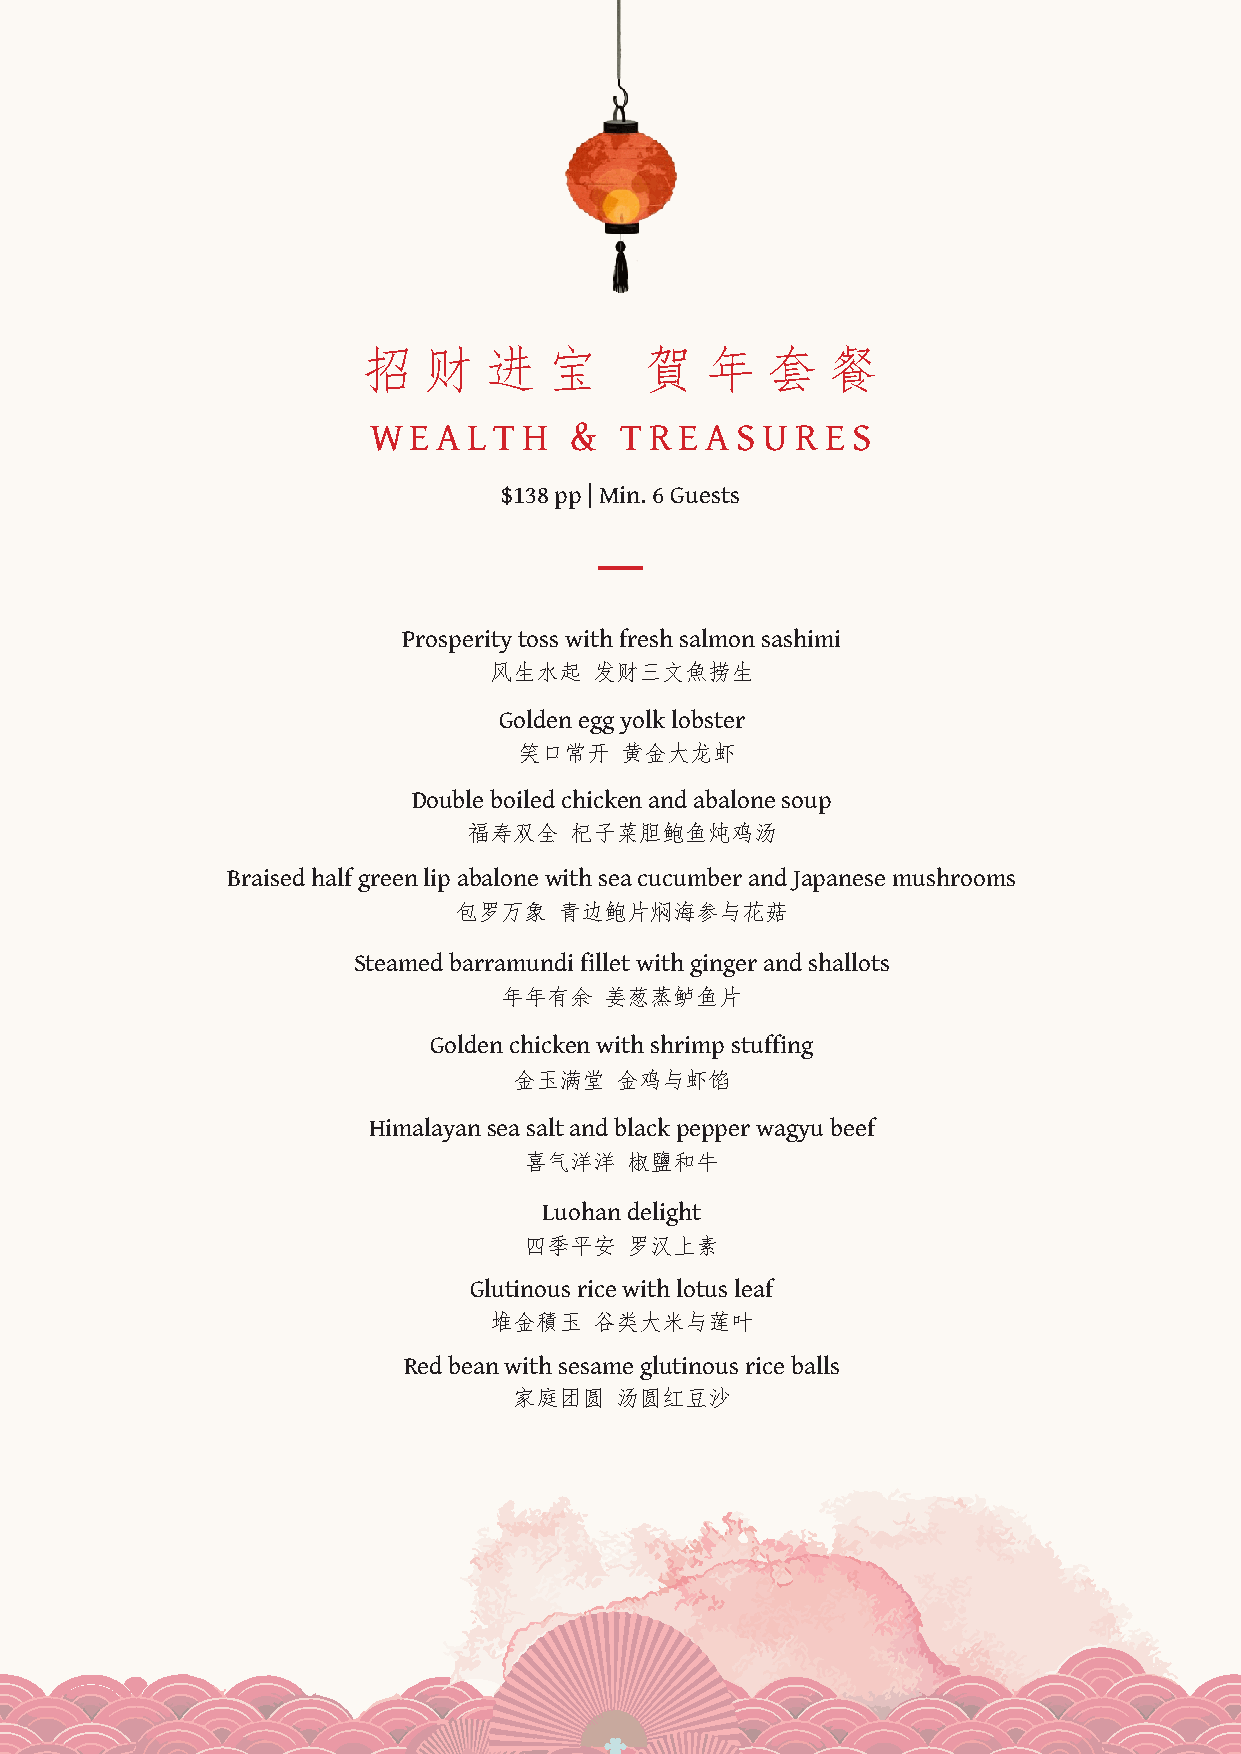
招   财   进   宝      賀   年   套   餐
 W  E A L T H  &  T R E A S U R E S
 $138 pp | Min. 6 Guests
 Prosperity toss with fresh salmon sashimi
 风生水起   发财三文魚捞生
 Golden egg yolk lobster
 笑口常开   黄金大龙虾
 Double boiled chicken and abalone soup
 福寿双全   杞子菜胆鲍鱼炖鸡汤
 Braised half green lip abalone with sea cucumber and Japanese mushrooms
 包罗万象   青边鲍片焖海参与花菇
 Steamed barramundi fillet with ginger and shallots
 年年有余   姜葱蒸鲈鱼片
 Golden chicken with shrimp stuffing
 金玉满堂   金鸡与虾馅
 Himalayan sea salt and black pepper wagyu beef
 喜气洋洋   椒鹽和牛
 Luohan delight
 四季平安   罗汉上素
 Glutinous rice with lotus leaf
 堆金積玉   谷类大米与莲叶
 Red bean with sesame glutinous rice balls
 家庭团圆   汤圆红豆沙